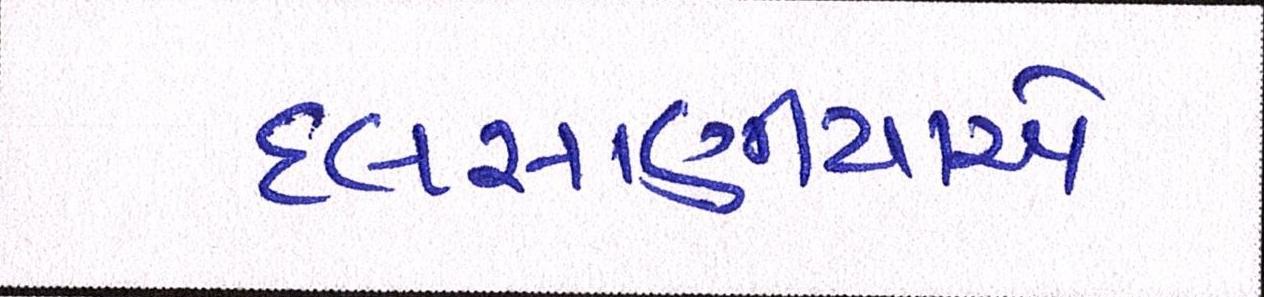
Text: દલસાણીયાએ